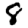
Digit: 8